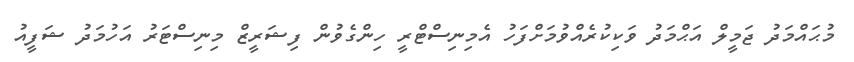
މުޙައްމަދު ޖަމީލް އަޙްމަދު ވަކިކުރެއްވުމަށްފަހު އެމިނިސްޓްރީ ހިންގެވުން ފިޝަރީޒް މިނިސްޓަރު އަހުމަދު ޝަފީއު